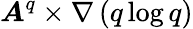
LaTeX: \boldsymbol{A}^{q}\times\nabla\left({q\log q}\right)